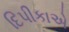
દિપીકાએ